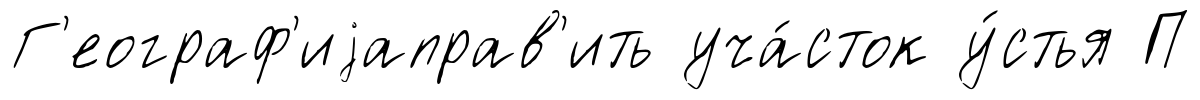
Г'еограф'иjаправ'ить уча́сток у́стья П